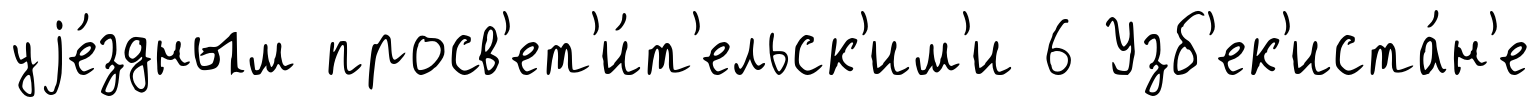
уjе́здным просв'ет'и́т'ельск'им'и 6 Узб'ек'иста́н'е